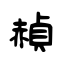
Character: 赬